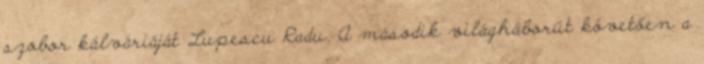
szobor kálváriáját Lupescu Radu. A második világháborút követően a